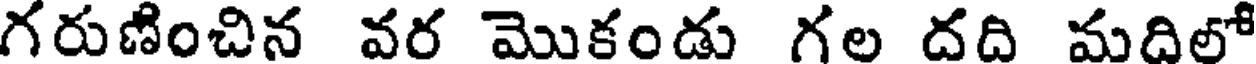
గరుణించిన వర మొకండు గల దది మదిలో